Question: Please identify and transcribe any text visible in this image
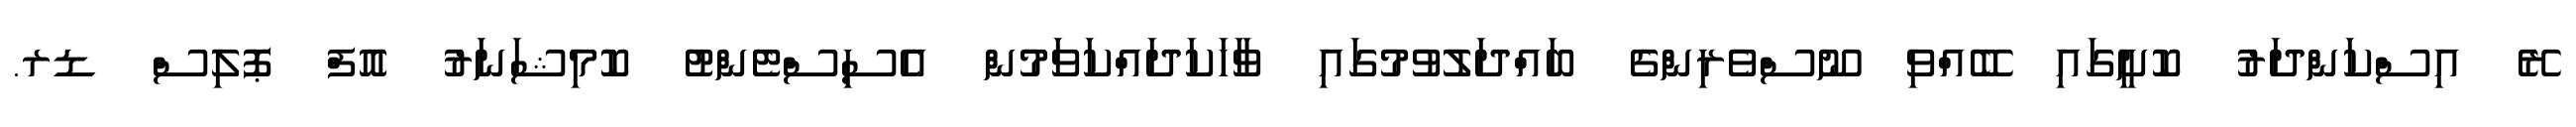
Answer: ރޭ އިސްކަންދަރު ކޮށީގައި ބޭއްވި ނޫސްވެރިންގެ ބައްދަލުވުމުގައި ވާހަކަދައްކަވަމުން އެސިސްޓެންޓު ކޮމިޝަނަރު އޮފް ޕޮލިސް ޑރ.